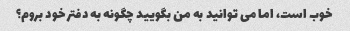
خوب است، اما می توانید به من بگویید چگونه به دفتر خود بروم؟